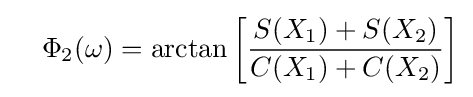
\quad \Phi _{2}(\omega )=\arctan \left[{\frac {S(X_{1})+S(X_{2})}{C(X_{1})+C(X_{2})}}\right]